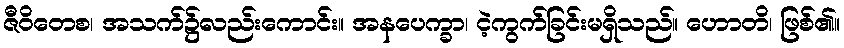
ဇီဝိတေစ၊ အသက်၌လည်းကောင်း။ အနပေက္ခာ၊ ငဲ့ကွက်ခြင်းမရှိသည်။ ဟောတိ၊ ဖြစ်၏။